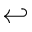
\hookleftarrow